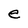
Character: e